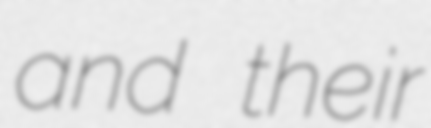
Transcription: and their